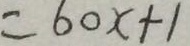
= 6 0 x + 1